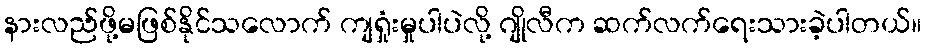
နားလည်ဖို့မဖြစ်နိုင်သလောက် ကျရှုံးမှုပါပဲလို့ ဂျိုလီက ဆက်လက်ရေးသားခဲ့ပါတယ်။